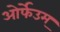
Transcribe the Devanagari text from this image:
ओर्फेउम्